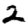
Digit: 2